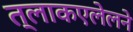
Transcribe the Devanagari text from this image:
त्लाकएलेलने